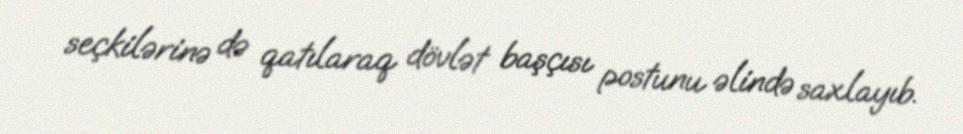
seçkilərinə də qatılaraq dövlət başçısı postunu əlində saxlayıb.